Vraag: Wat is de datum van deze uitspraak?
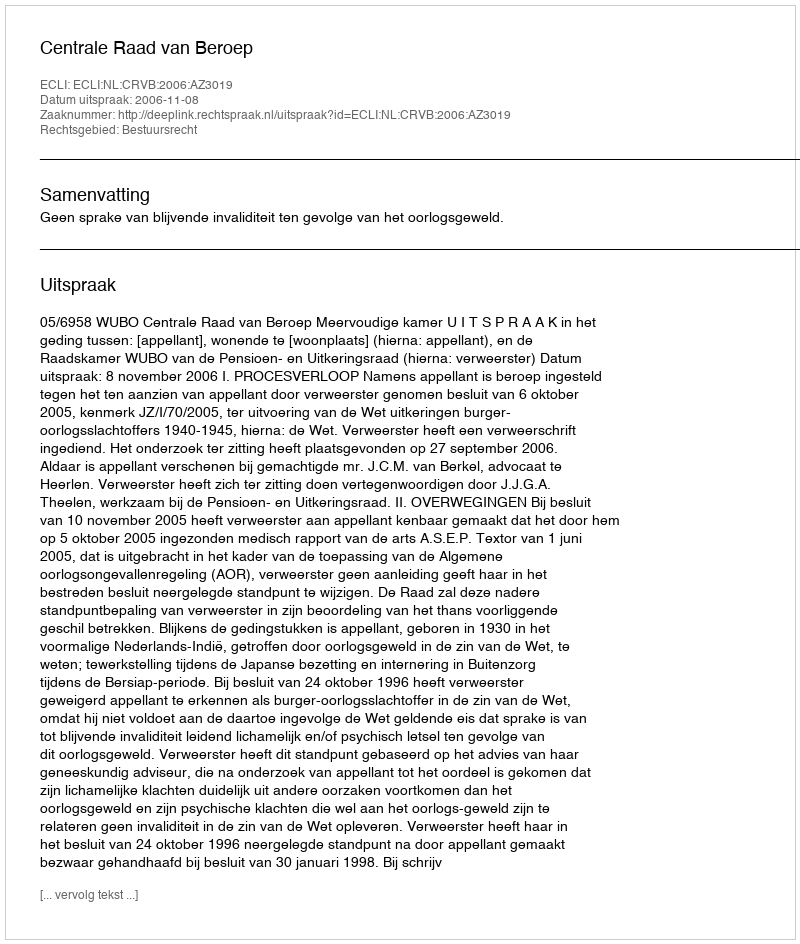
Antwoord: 2006-11-08